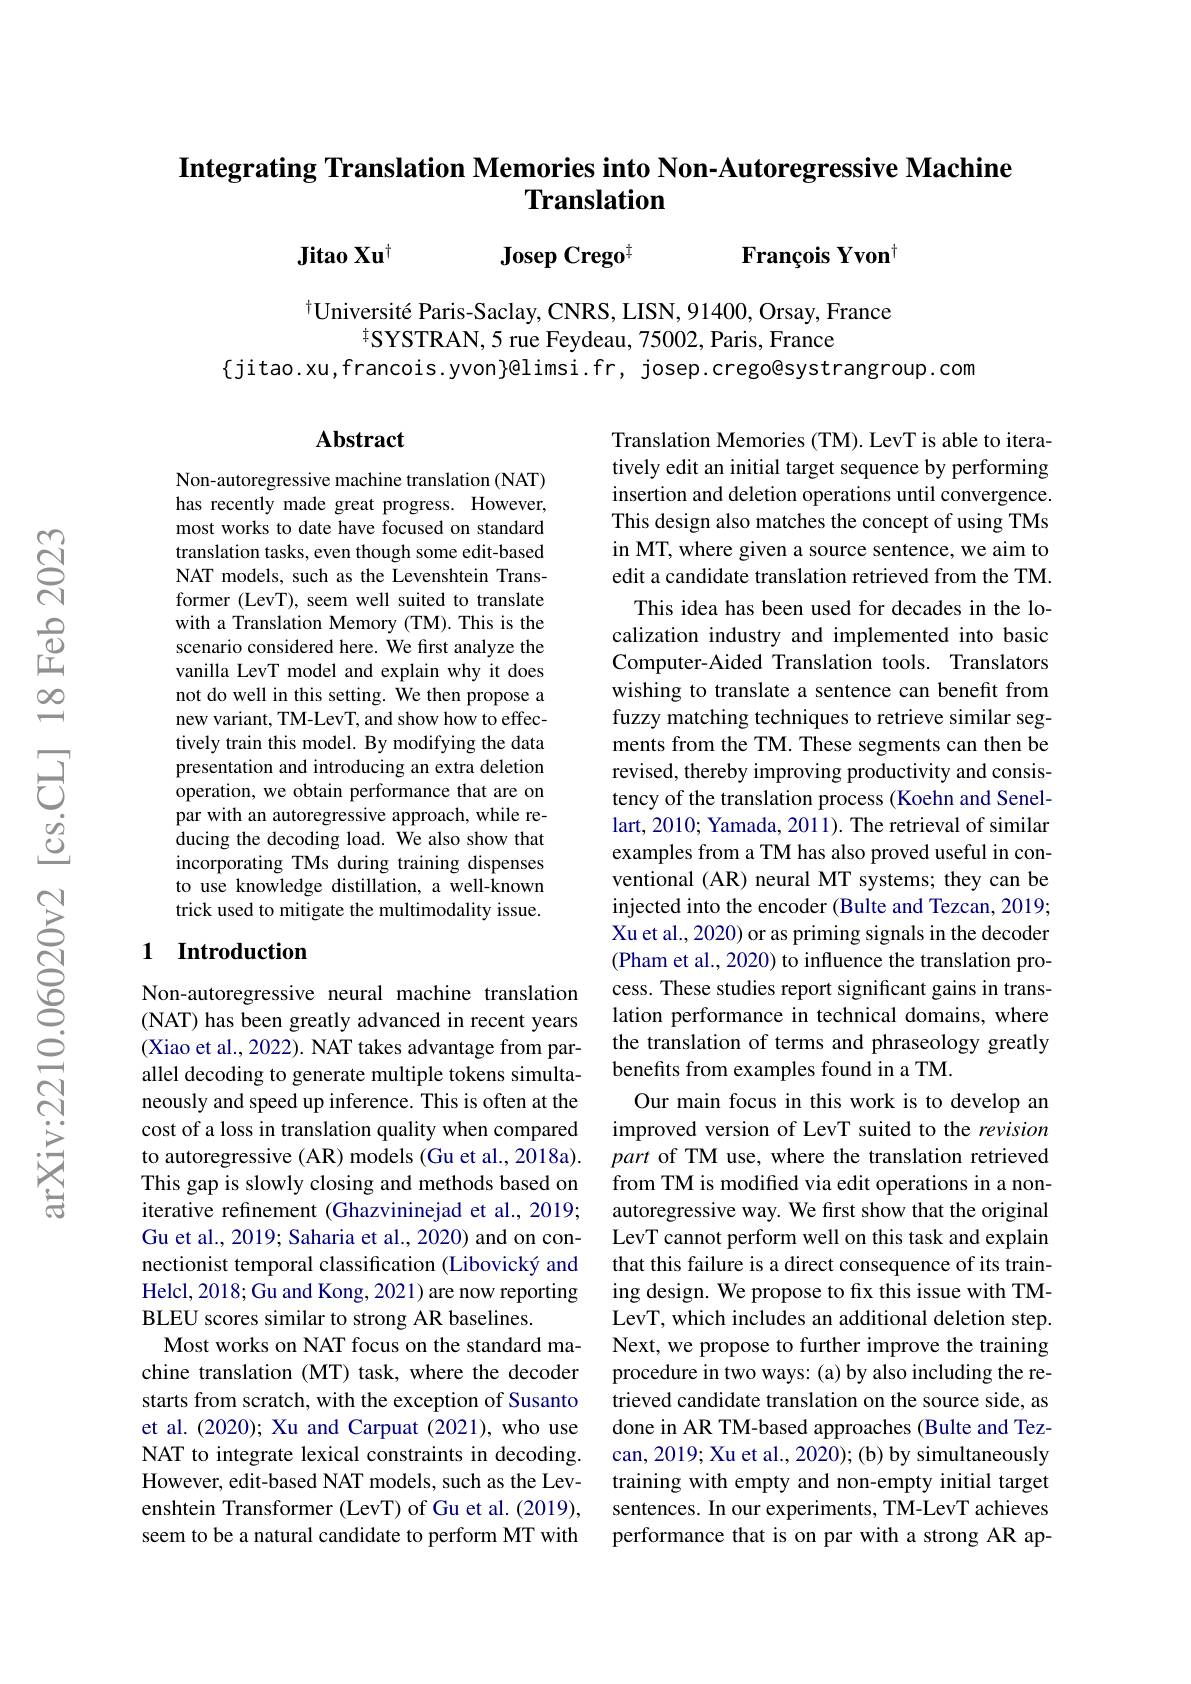
## Integrating Translation Memories into Non-Autoregressive Machine Translation

Jitao Xu$^{\dagger}$

François Yvon$^{[\mathrm{m}]}$

Josep Crego$^{\ddagger}$

$^{\dagger}$Université Paris-Saclay, CNRS, LISN, 91400, Orsay, France
$^{\dagger}SYSTRAN,5$ rue Feydeau, 75002, Paris, France
$\{$jitao.xu,francois.yvon}@limsi.fr, josep.crego@systrangroup.com

## Abstract

Non-autoregressive machine translation (NAT) has recently made great progress. However, most works to date have focused on standard translation tasks, even though some edit-based NAT models, such as the Levenshtein Transformer (LevT), seem well suited to translate with a Translation Memory (TM). This is the scenario considered here. We first analyze the vanilla LevT model and explain why it does not do well in this setting. We then propose a new variant, TM-LevT, and show how to effectively train this model. By modifying the data presentation and introducing an extra deletion operation, we obtain performance that are on par with an autoregressive approach, while reducing the decoding load. We also show that incorporating TMs during training dispenses to use knowledge distillation, a well-known trick used to mitigate the multimodality issue.

## 1 Introduction

Translation Memories (TM). LevT is able to iteratively edit an initial target sequence by performing insertion and deletion operations until convergence. This design also matches the concept of using TMs in MT, where given a source sentence, we aim to edit a candidate translation retrieved from the TM.
This idea has been used for decades in the localization industry and implemented into basic Computer-Aided Translation tools. Translators wishing to translate a sentence can benefit from fuzzy matching techniques to retrieve similar segments from the TM. These segments can then be revised, thereby improving productivity and consistency of the translation process (Koehn and Senellart, 2010; Yamada, 2011). The retrieval of similar examples from a TM has also proved useful in conventional (AR) neural MT systems; they can be injected into the encoder (Bulte and Tezcan, 2019; Xu et al., 2020) or as priming signals in the decoder (Pham et al., 2020) to influence the translation process. These studies report significant gains in translation performance in technical domains, where the translation of terms and phraseology greatly benefits from examples found in a TM.
Our main focus in this work is to develop an improved version of LevT suited to the revision part of TM use, where the translation retrieved from TM is modified via edit operations in a nonautoregressive way. We first show that the original LevT cannot perform well on this task and explain that this failure is a direct consequence of its training design. We propose to fix this issue with TMLevT, which includes an additional deletion step.
Most works on NAT focus on the standard ma- Next, we propose to further improve the training
procedure in two ways: (a) by also including the retrieved candidate translation on the source side, as done in AR TM-based approaches (Bulte and Tezcan, 2019; Xu et al., 2020); (b) by simultaneously training with empty and non-empty initial target sentences. In our experiments, TM-LevT achieves performance that is on par with a strong AR ap-

Non-autoregressive neural machine translation (NAT) has been greatly advanced in recent years (Xiao et al., 2022). NAT takes advantage from parallel decoding to generate multiple tokens simultaneously and speed up inference. This is often at the cost of a loss in translation quality when compared to autoregressive (AR) models (Gu et al., 2018a). This gap is slowly closing and methods based on iterative refinement (Ghazvininejad et al., 2019; Gu et al., 2019; Saharia et al., 2020) and on connectionist temporal classification (Libovický and Helcl, 2018; Gu and Kong, 2021) are now reporting BLEU scores similar to strong AR baselines.
chine translation (MT) task, where the decoder starts from scratch, with the exception of Susanto et al.(2020); Xu and Carpuat (2021), who use NAT to integrate lexical constraints in decoding. However, edit-based NAT models, such as the Levenshtein Transformer (LevT) of Gu et al. (2019), seem to be a natural candidate to perform MT with